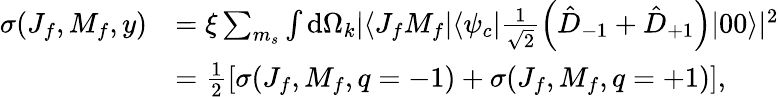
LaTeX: \begin{array}{rl}{\sigma(J_{f},M_{f},y)}&{=\xi\sum_{m_{s}}\int\mathrm{d}\Omega_{k}|\langle J_{f}M_{f}|\langle\psi_{c}|\frac{1}{\sqrt{2}}\left(\hat{D}_{-1}+\hat{D}_{+1}\right)|00\rangle|^{2}}\\ &{=\frac{1}{2}\left[\sigma(J_{f},M_{f},q=-1)+\sigma(J_{f},M_{f},q=+1)\right],}\end{array}